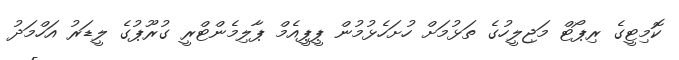
ކޮމިޓީގެ ރިޕޯޓް މަޖިލީހުގެ ތަޅުމަށް ހުށަހެޅުމުން ޕީޕީއެމް ޕާލިމެންޓްރީ ގުރޫޕުގެ ލީޑަރު އަހްމަދު